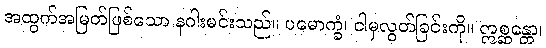
အထွက်အမြတ်ဖြစ်သော နဂါးမင်းသည်။ ပမောက္ခံ၊ ငါမှလွတ်ခြင်းကို။ ဣစ္ဆန္တော၊